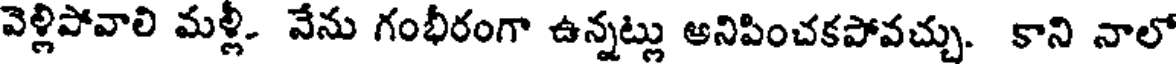
వెళ్లిపోవాలి మళ్లీ- వేను గంభీరంగా ఉన్నట్లు ఆనిపించకపోవచ్చు. కాని నాలో